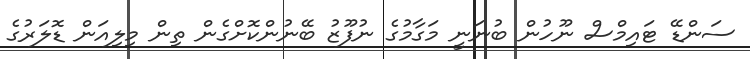
ސަންޑޭ ޓައިމްސް ނޫހުން ބުނަނީ މަގާމުގެ ނުފޫޒު ބޭނުންކޮށްގެން ތިން މިލިއަން ޑޮލަރުގެ